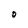
Character: O